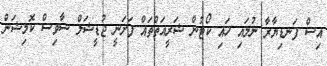
އިސް ފަނޑިޔާރާ ނުލައި ހައި ކޯޓުން ޝަރީއަތްތައް ފަށަނީ ޖުޑީޝަލް ސާވިސް ކޮމިޝަން